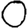
Digit: 0